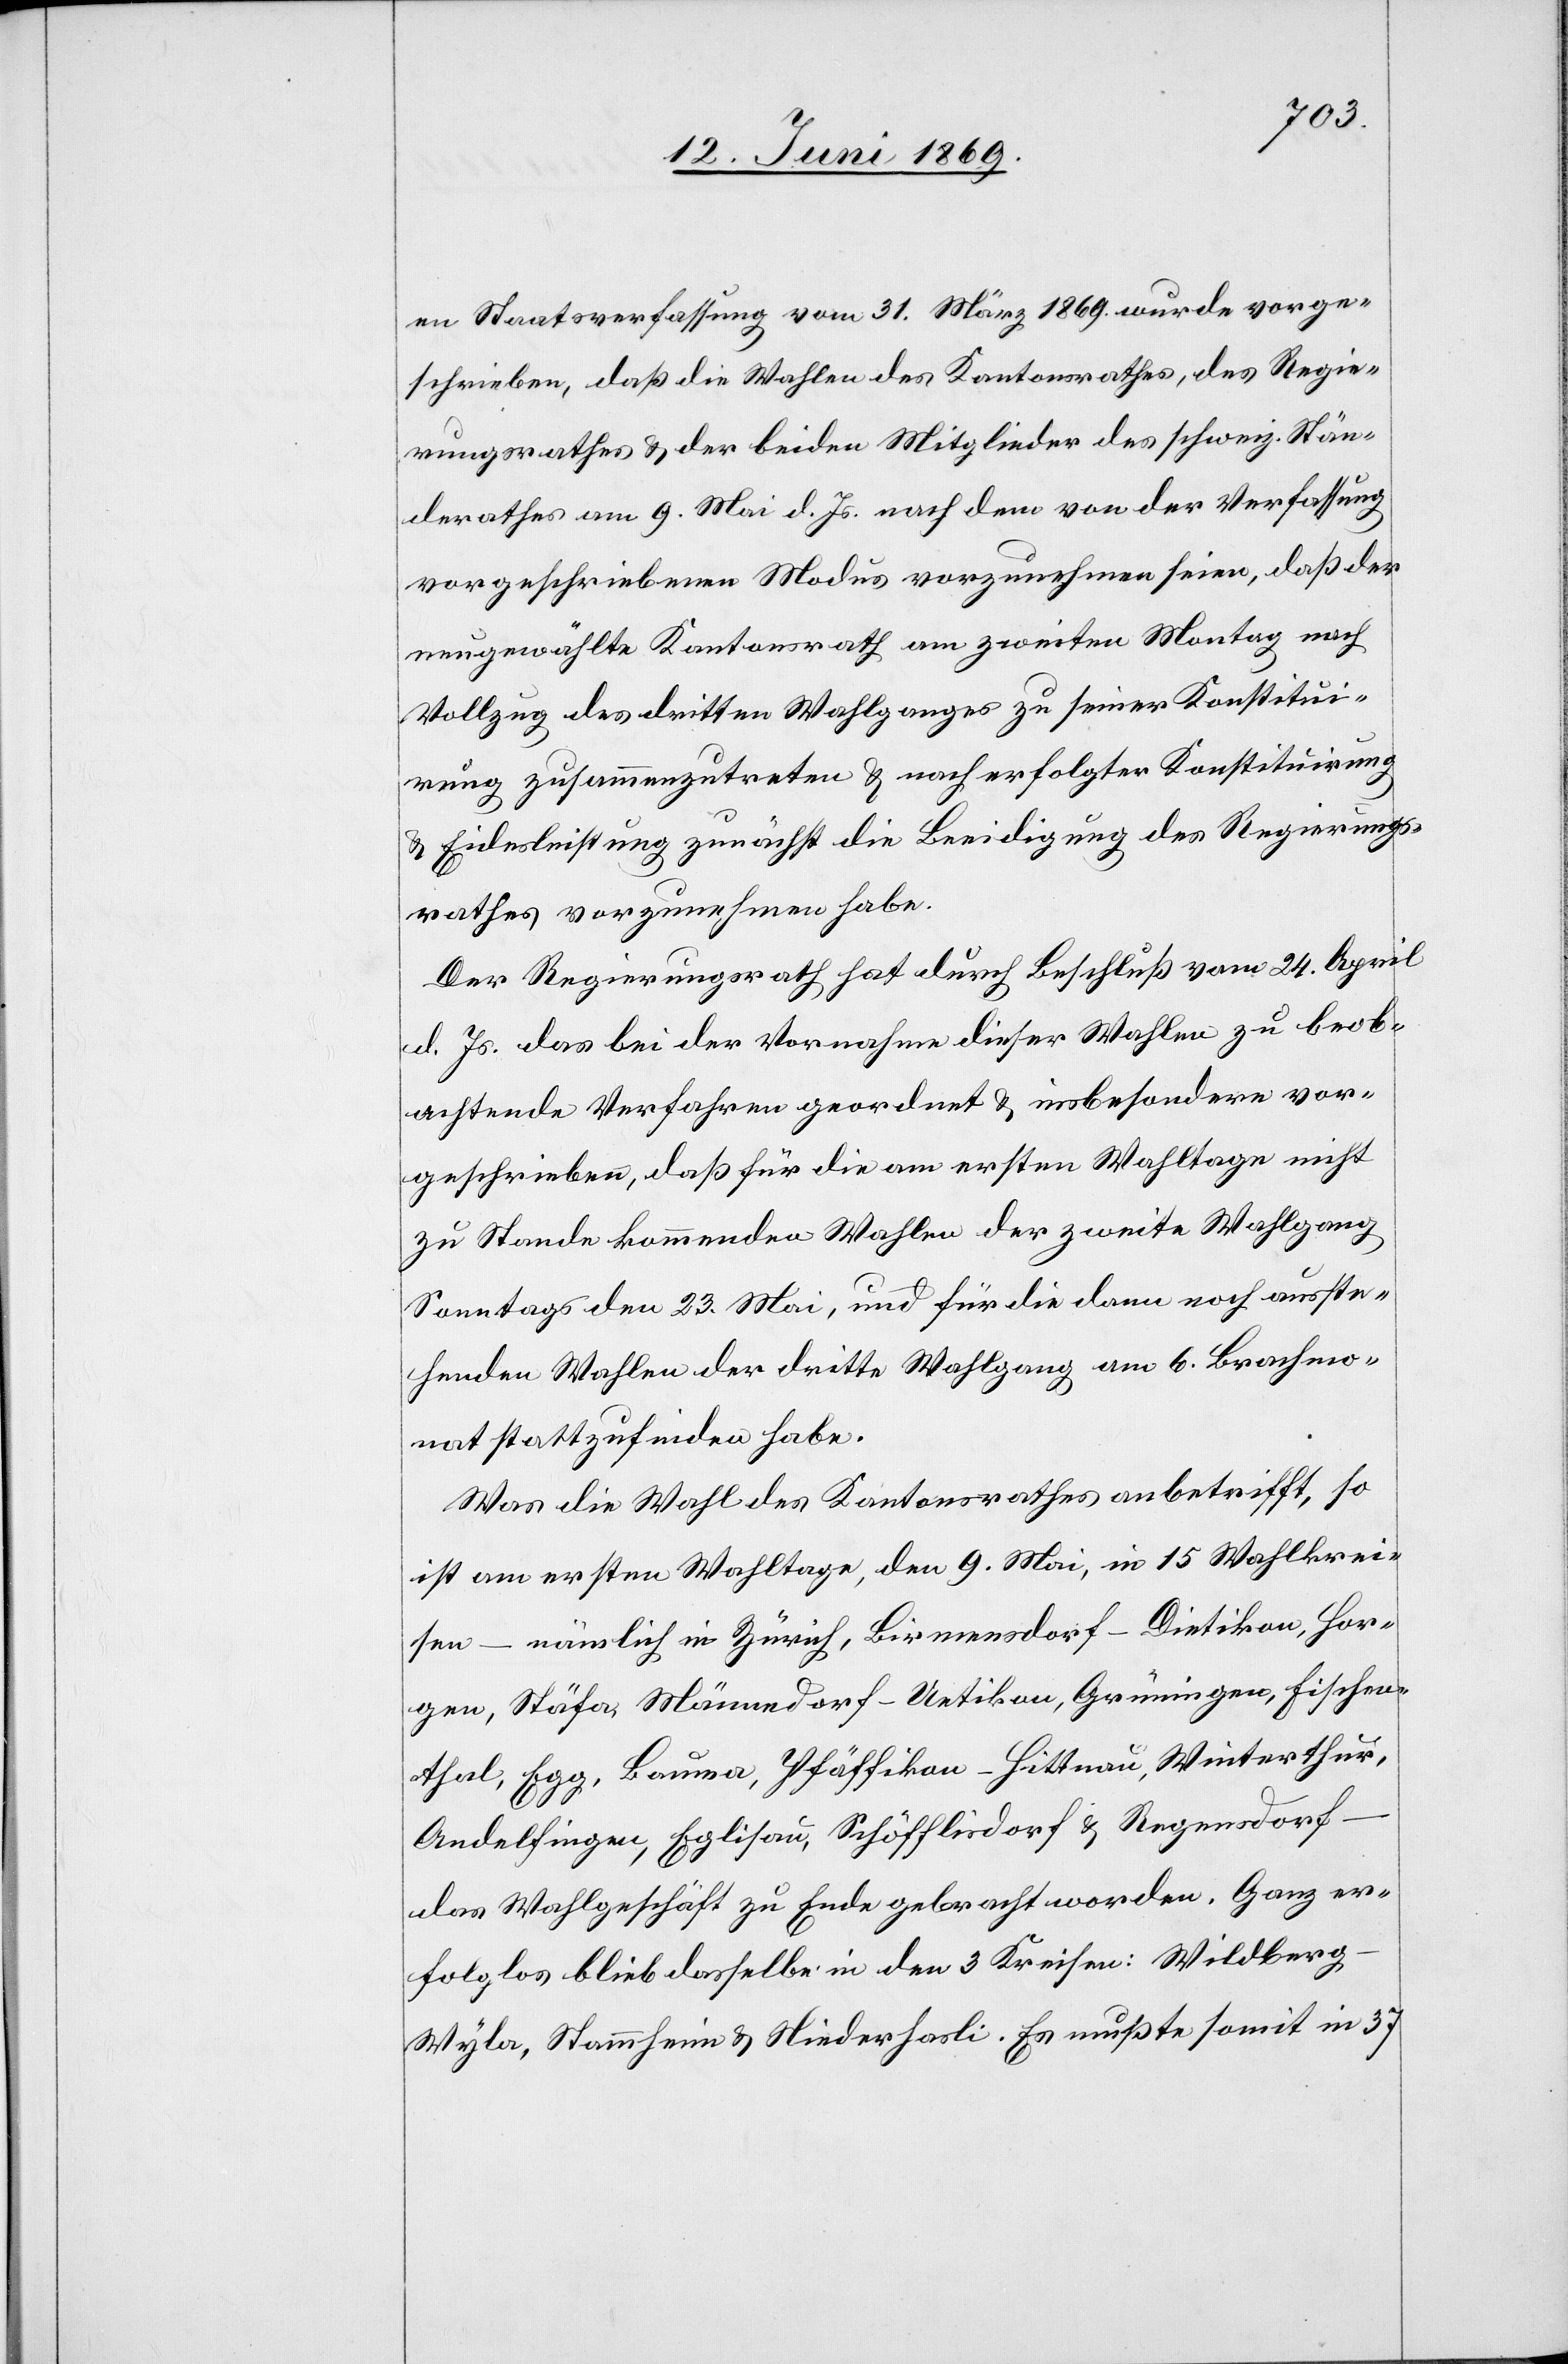
en Staatsverfassung vom 31. März 1869 wurde vorge¬
schrieben, daß die Wahlen des Kantonsrathes, des Regie¬
rungsrathes u. der beiden Mitglieder des schweiz. Stän¬
derathes am 9. Mai d. Js. nach dem von der Verfassung
vorgeschriebenen Modus vorzunehmen seien, daß der
neugewählte Kantonsrath am zweiten Montag nach
Vollzug des dritten Wahlganges zu seiner Konstitui¬
rung zusammenzutreten u. nach erfolgter Konstituirung
u. Eidesleistung zunächst die Beeidigung des Regierungs¬
rathes vorzunehmen habe.
Der Regierungsrath hat durch Beschluß vom 24. April
d. Js. das bei der Vornahme dieser Wahlen zu beob¬
achtende Verfahren geordnet u. insbesondere vor¬
geschrieben, daß für die am ersten Wahltage nicht
zu Stande kommenden Wahlen der zweite Wahlgang
Sonntags den 23. Mai, und für die dann noch ausste¬
henden Wahlen der dritte Wahlgang am 6. Brachmo¬
nat stattzufinden habe.
Was die Wahl des Kantonsrathes anbetrifft, so
ist am ersten Wahltage, den 9. Mai, in 15 Wahlkrei¬
sen – nämlich in Zürich, Birmenstorf-Dietikon, Hor¬
gen, Stäfa, Männedorf-Uetikon, Grüningen, Fischen¬
thal, Egg, Bauma, Pfäffikon-Hittnau, Winterthur,
Andelfingen, Eglisau, Schöffistorf u. Regensdorf
das Wahlgeschäft zu Ende gebracht worden. Ganz er¬
folglos blieb dasselbe in den 3 Kreisen: Wildber¬
g-Wyla, Stammheim u. Niederhasli. Es mußte somit in 37